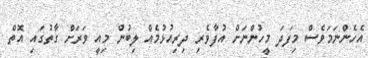
އެހެންނަމަވެސް މިފަދަ މީހުންނަށް އުފާވެރި ދިރިއުޅުމެއް ލިބުން މިއީ ވަރަށް ގާތުގައި އޮތް